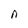
Character: n